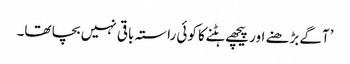
’آگے بڑھنے اور پیچھے ہٹنے کا کوئی راستہ باقی نہیں بچا تھا۔